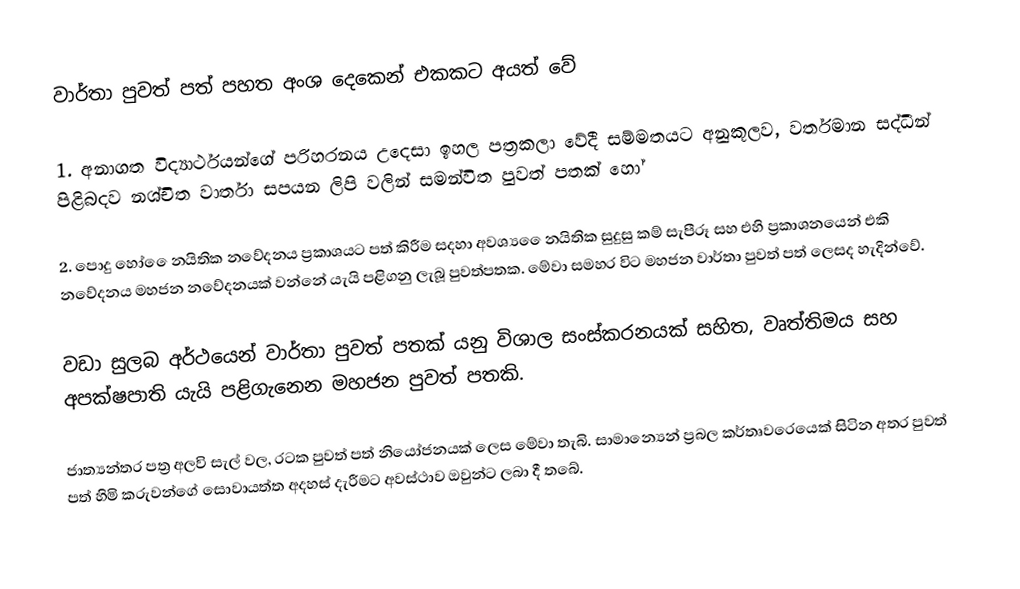
වාර්තා පුවත් පත් පහත අංශ දෙකෙන් එකකට අයත් වේ

1. අනාගත විද්‍යාර්ථයන්ගේ පරිහරනය උදෙසා ඉහල පත්‍රකලා වේදී සම්මතයට අනුකූලව, වර්තමාන සද්ධීන් පිළිබදව නශ්චිත වාර්තා සපයන ලිපි වලින් සමන්විත පුවත් පතක් හෝ

2. පොදු හෝ ෙෙනයිතික නවේදනය ප්‍රකාශයට පත් කිරීම සදහා අවශ්‍ය ෙෙනයිතික සුදුසු කම් සැපීරූ සහ එහි ප්‍රකාශනයෙන් එකි නවේදනය මහජන නවේදනයක් වන්නේ යැයි පළිගනු ලැබූ පුවත්පතක. මේවා සමහර විට මහජන වාර්තා පුවත් පත් ලෙසද හැදින්වේ.

වඩා සුලබ අර්ථයෙන් වාර්තා පුවත් පතක් යනු විශාල සංස්කරනයක් සහිත, වෘත්තිමය සහ අපක්ෂපාති යැයි පළිගැනෙන මහජන පුවත් පතකි.

ජාත්‍යන්තර පත්‍ර අලවි සැල් වල, රටක පුවත් පත් නියෝජනයක් ලෙස මේවා තැබි. සාමාන්‍යෙන් ප්‍රබල කර්තෘවරෙයෙක් සිටින අතර පුවත් පත් හිමි කරුවන්ගේ සොවායත්ත අදහස් දැරීමට අවස්ථාව ඔවුන්ට ලබා දී තබේ.